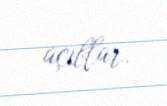
açıblar.